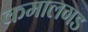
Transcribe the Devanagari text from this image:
कमालगड